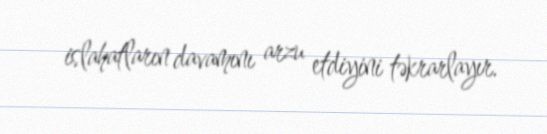
islahatların davamını arzu etdiyini təkrarlayır.